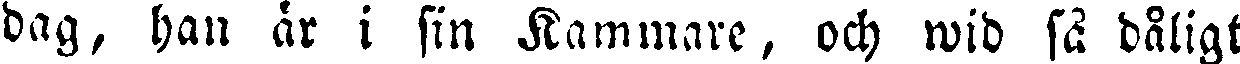
dag, han är i sin Kammare, och wid så dåligt